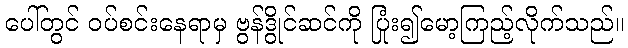
ပေါ်တွင် ဝပ်စင်းနေရာမှ ဗွန်ဒွိုင်ဆင်ကို ပြုံး၍မော့ကြည့်လိုက်သည်။